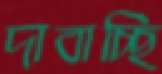
দাবাচ্ছি